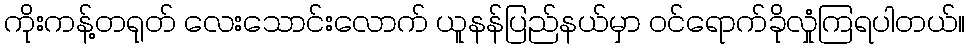
ကိုးကန့်တရုတ် လေးသောင်းလောက် ယူနန်ပြည်နယ်မှာ ဝင်ရောက်ခိုလှုံကြရပါတယ်။